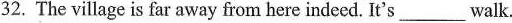
32. The village is far away from here indeed. It's___walk.